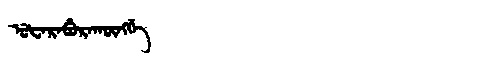
Manchu: ᡠᡶᠠᡵᠠᠪᡠᡵᠠᡴᡡᠩᡤᡝ
Romanization: UFARABURAKŪNGGE